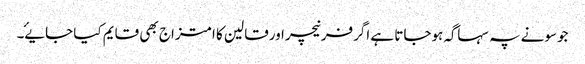
جوسونے پہ سہاگہ ہوجاتا ہے اگرفرنیچراورقالین کا امتزاج بھی قایم کیا جایۓ۔